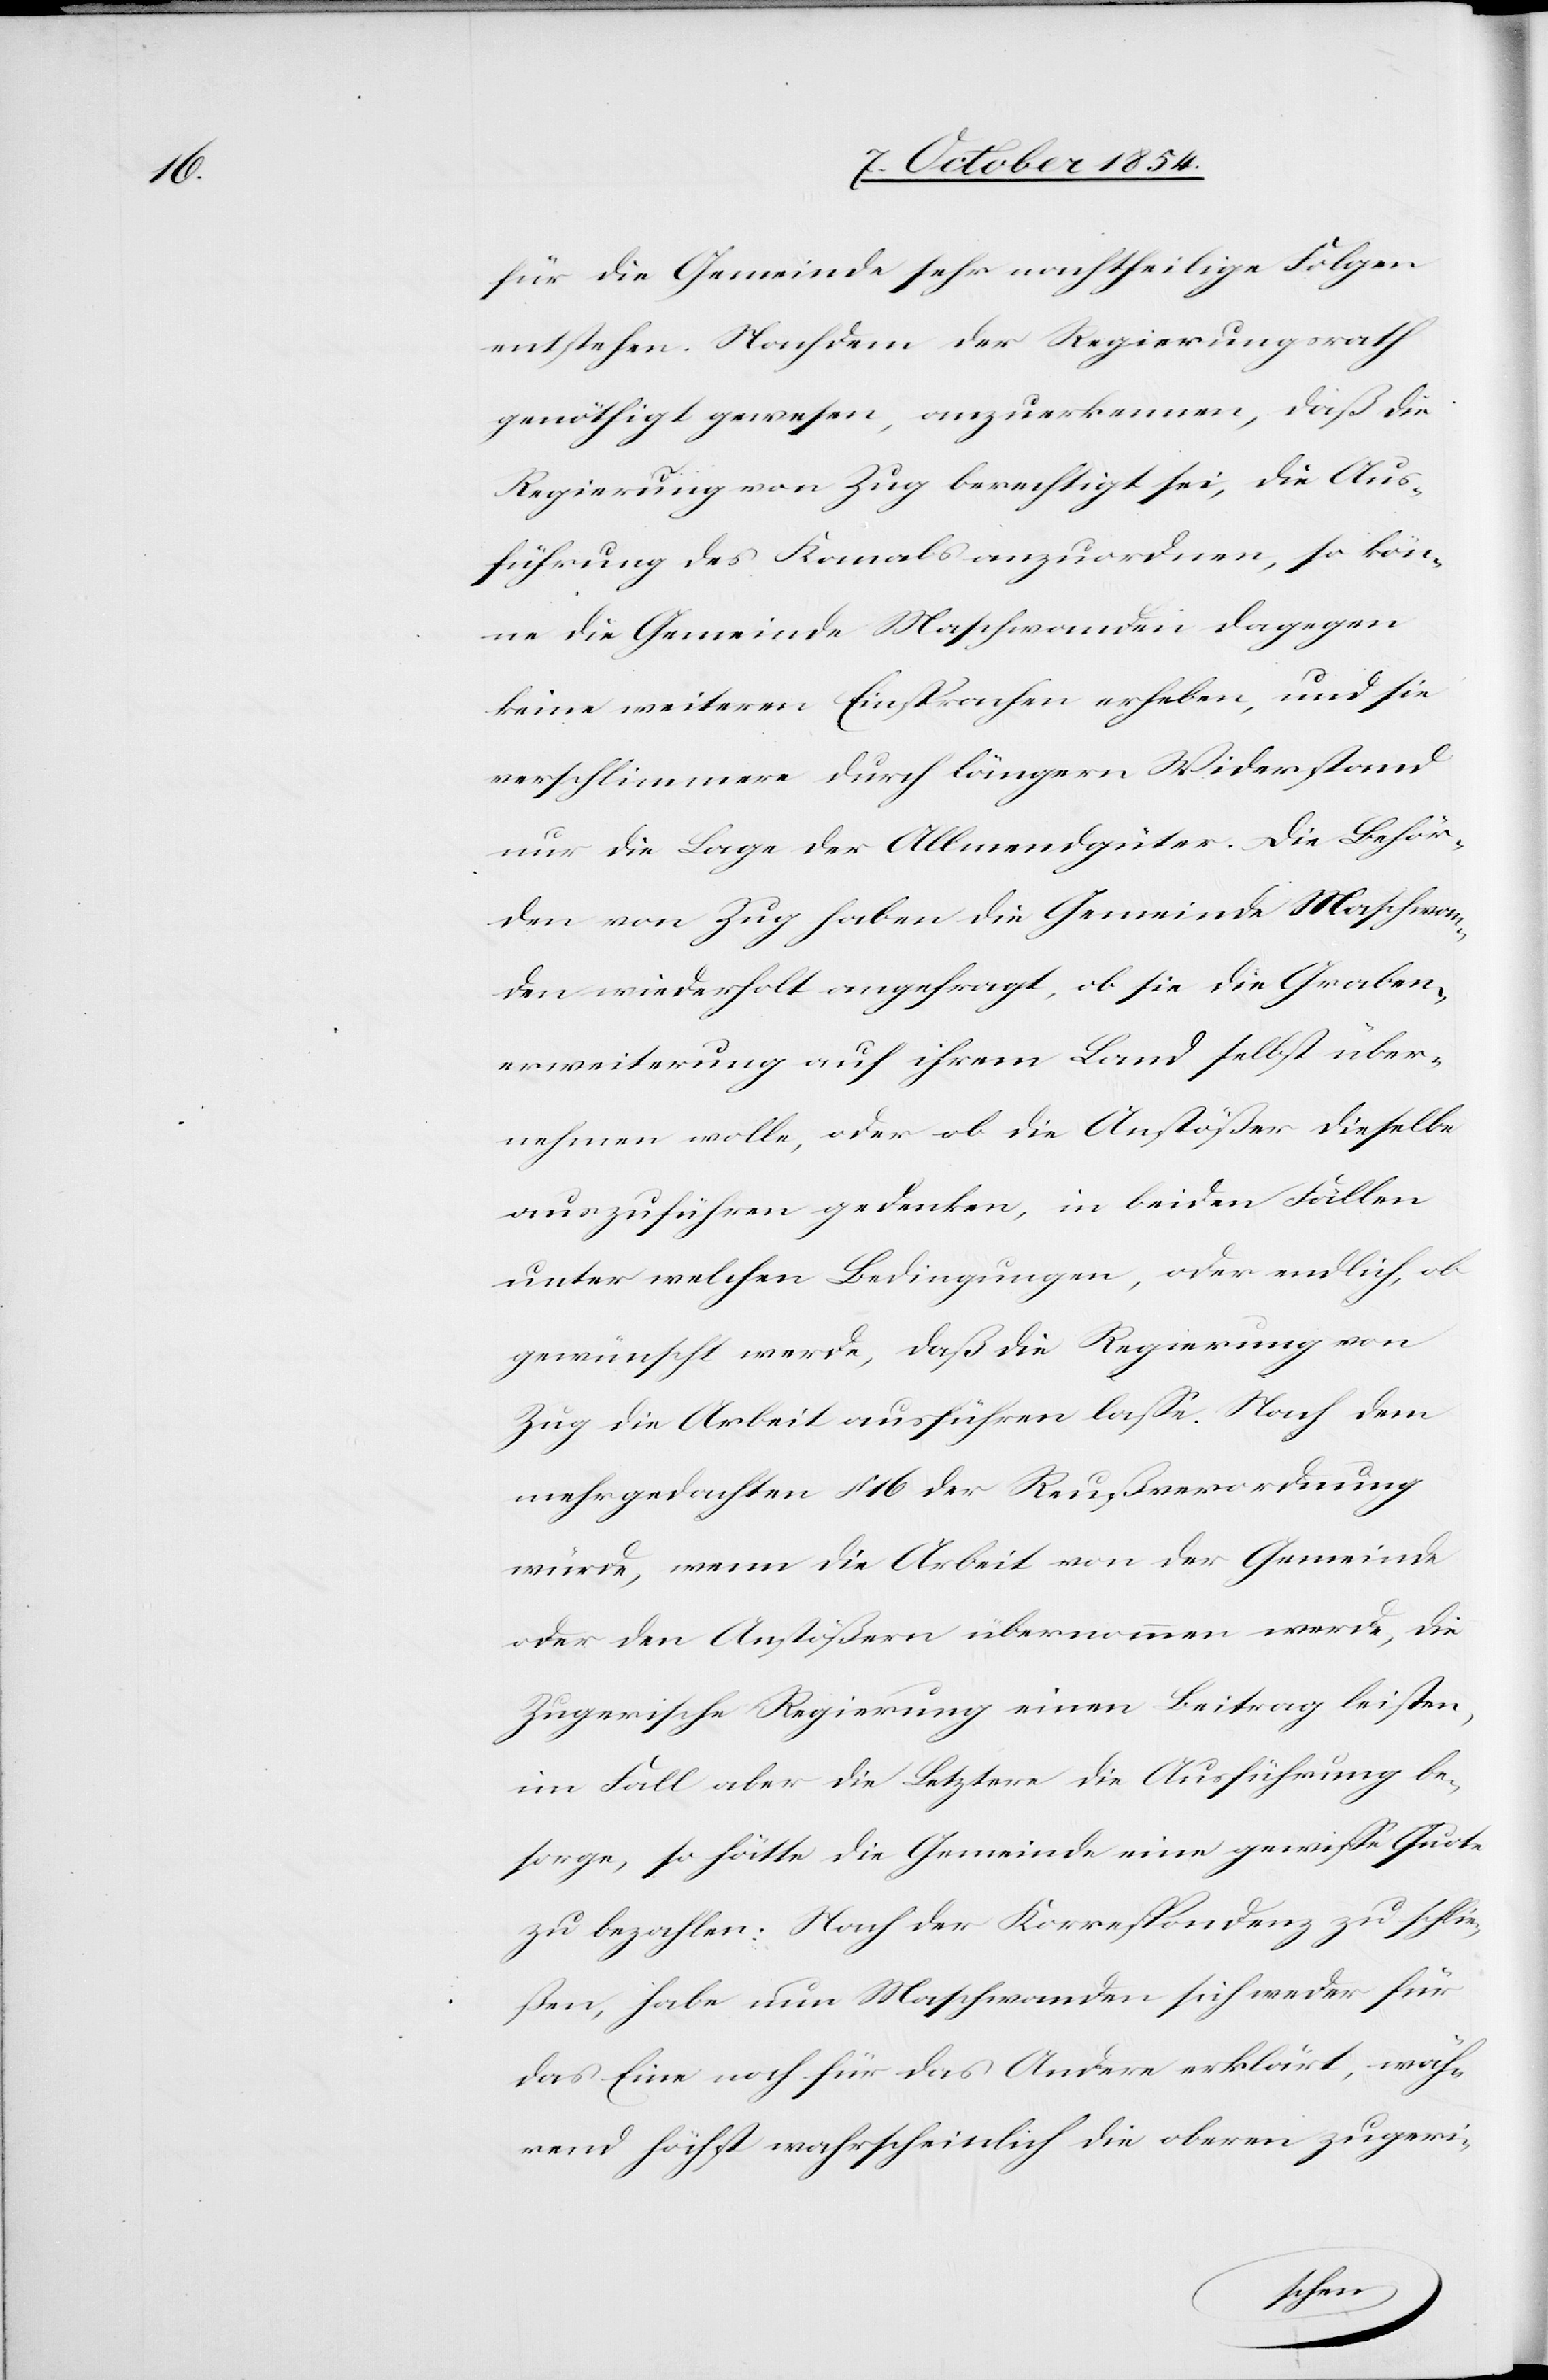
für die Gemeinde sehr nachtheilige Folgen
entstehen. Nachdem der Regierungsrath
genöthigt gewesen, anzuerkennen, daß die
Regierung von Zug berechtigt sei, die Aus¬
führung des Kanals anzuordnen, so kön¬
ne die Gemeinde Maschwanden dagegen
keine weiteren Einsprachen erheben, und sie
verschlimmere durch längern Widerstand
nur die Lage der Allmendgüter. Die Behör¬
den von Zug haben die Gemeinden Maschwan¬
den wiederholt angefragt, ob sie die Graben¬
erweiterung auf ihrem Land selbst über¬
nehmen wolle, ober ob die Anstößer dieselbe
auszuführen gedenken, in beiden Fällen
unter welchen Bedingungen, oder endlich, ob
gewünscht werde, daß die Regierung von
Zug die Arbeit ausführen laße. Nach dem
mehrgedachten § 16 der Reußverordnung
würde, wenn die Arbeit von der Gemeinde
oder den Anstößern übernommen werde, die
Zugerische Regierung einen Beitrag leisten,
im Fall aber die Letztere die Ausführung be¬
sorge, so hätte die Gemeinde eine gewiße Quote
zu bezahlen. Nach der Korrespondenz zu schlie¬
ßen, habe nun Maschwanden sich weder für
das Eine noch für das Andere erklärt, wäh¬
rend höchst wahrscheinlich die oberen zugeri-